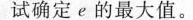
试确定e的最大值。